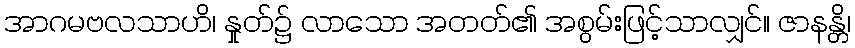
အာဂမဗလသာဟိ၊ နှုတ်၌ လာသော အတတ်၏ အစွမ်းဖြင့်သာလျှင်။ ဇာနန္တိ၊